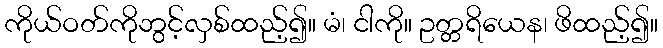
ကိုယ်ဝတ်ကိုဘွင့်လှစ်ထည့်၍။ မံ၊ ငါကို။ ဥတ္တရိယေန၊ ဖိထည့်၍။